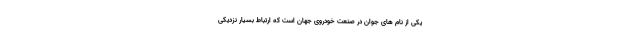
یکی از نام های جوان در صنعت خودروی جهان است که ارتباط بسیار نزدیکی